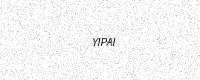
Text: YIPAI